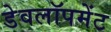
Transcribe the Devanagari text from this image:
डेवलॉपमेंट